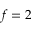
f = 2